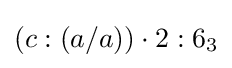
(c:(a/a))\cdot 2:6_{3}